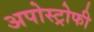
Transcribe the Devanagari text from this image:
अपोस्ट्रोफी